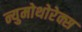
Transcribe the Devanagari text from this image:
न्युमोथोरेक्स